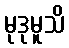
မုဒုမူသိ